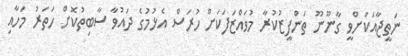
ނަތީޖާއަކަށްވީ ގާނޫނޫ ތަންފީޒުކުރާ މުވައްޒަފަކަށް ހުރަސް އެޅުމުގެ ދައުވާ ސާބިތުކޮށް ހަތަރު މަހާއި